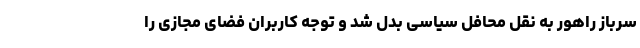
سرباز راهور به نقل محافل سیاسی بدل شد و توجه کاربران فضای مجازی را